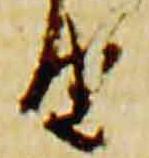
由